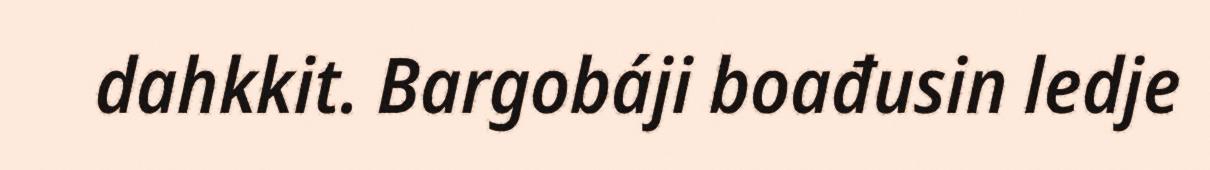
dahkkit. Bargobáji boađusin ledje